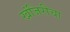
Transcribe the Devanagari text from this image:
खंजिरीचा